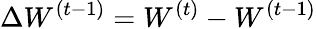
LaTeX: \Delta W^{(t-1)}=W^{(t)}-W^{(t-1)}